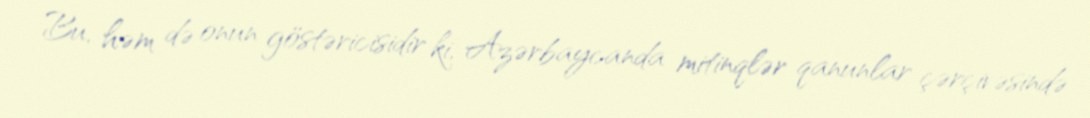
Bu, həm də onun göstəricisidir ki, Azərbaycanda mitinqlər qanunlar çərçivəsində